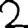
Digit: 2